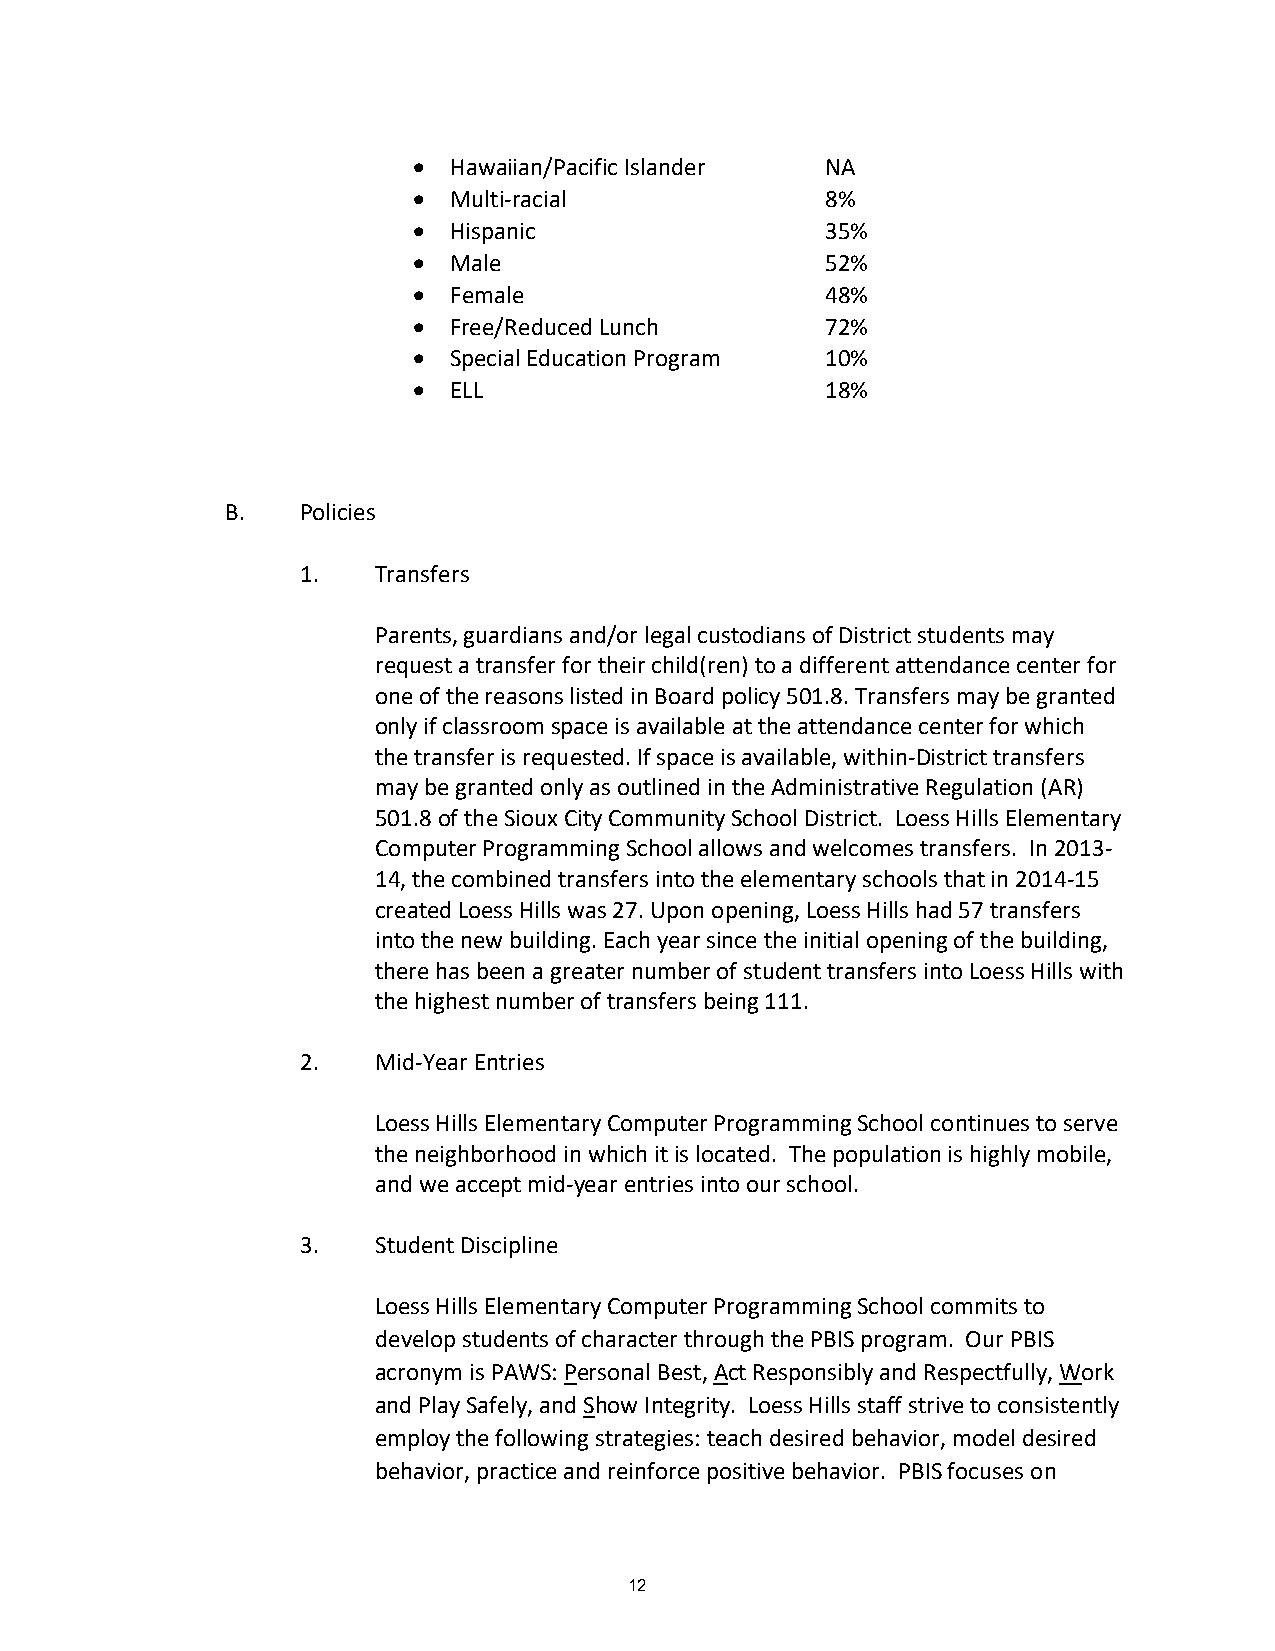
  Hawaiian/Pacific Islander NA
   Multi-racial             8%
   Hispanic                 35%
   Male                     52%
   Female                   48%
   Free/Reduced Lunch       72%
   Special Education Program 10%
   ELL                      18%
 B.   Policies
 1.   Transfers
 Parents, guardians and/or legal custodians of District students may
 request a transfer for their child(ren) to a different attendance center for
 one of the reasons listed in Board policy 501.8. Transfers may be granted
 only if classroom space is available at the attendance center for which
 the transfer is requested. If space is available, within-District transfers
 may be granted only as outlined in the Administrative Regulation (AR)
 501.8 of the Sioux City Community School District. Loess Hills Elementary
 Computer Programming School allows and welcomes transfers. In 2013-
 14, the combined transfers into the elementary schools that in 2014-15
 created Loess Hills was 27. Upon opening, Loess Hills had 57 transfers
 into the new building. Each year since the initial opening of the building,
 there has been a greater number of student transfers into Loess Hills with
 the highest number of transfers being 111.
 2.   Mid-Year Entries
 Loess Hills Elementary Computer Programming School continues to serve
 the neighborhood in which it is located. The population is highly mobile,
 and we accept mid-year entries into our school.
 3.   Student Discipline
 Loess Hills Elementary Computer Programming School commits to
 develop students of character through the PBIS program. Our PBIS
 acronym is PAWS: Personal Best, Act Responsibly and Respectfully, Work
 and Play Safely, and Show Integrity. Loess Hills staff strive to consistently
 employ the following strategies: teach desired behavior, model desired
 behavior, practice and reinforce positive behavior. PBIS focuses on
 12